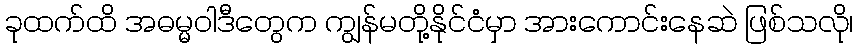
ခုထက်ထိ အဓမ္မဝါဒီတွေက ကျွန်မတို့နိုင်ငံမှာ အားကောင်းနေဆဲ ဖြစ်သလို၊